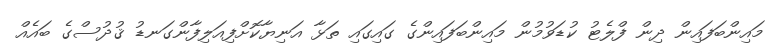
މައިންބަފައިން ދިން ފްލެޓު ކުޑަވުމުން މައިންބަފައިންގެ ގައިގައި ތަޅާ އަނިޔާކޮށްފިއަލިފާންގަނޑު ޤުދުސްގެ ބައެއް